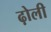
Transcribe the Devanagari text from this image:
ढ़ोली